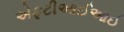
એફટીઆઈઆઈ